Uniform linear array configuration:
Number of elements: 48
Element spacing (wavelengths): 0.75
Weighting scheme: blackman
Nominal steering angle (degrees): -45
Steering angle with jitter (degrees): -45.292
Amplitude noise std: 0.05
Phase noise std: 0.05

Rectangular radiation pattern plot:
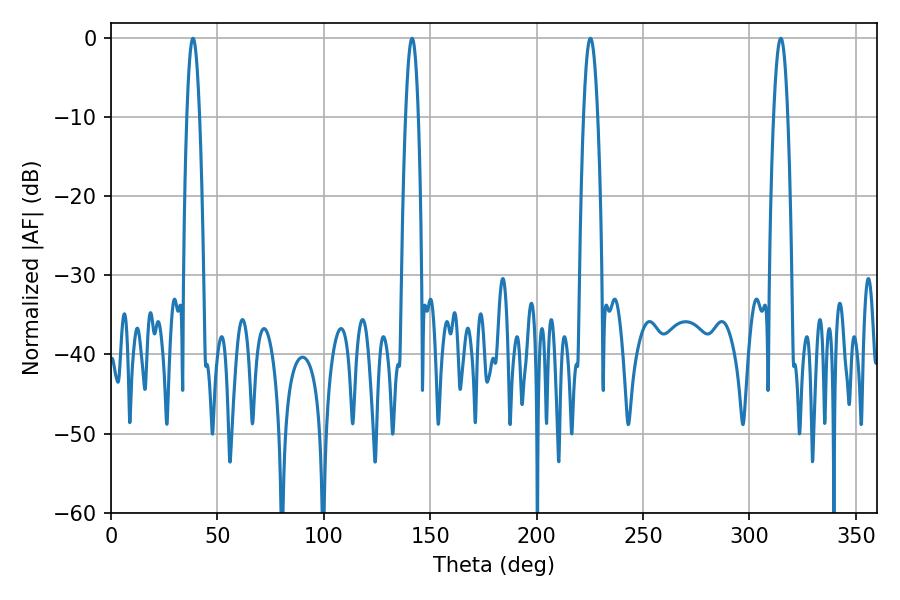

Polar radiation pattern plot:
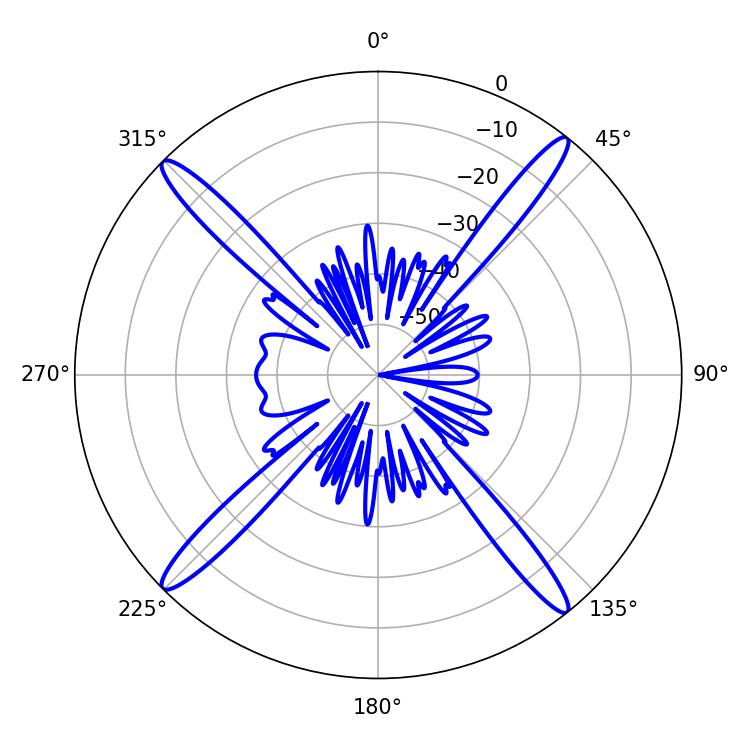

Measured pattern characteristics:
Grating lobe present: TRUE
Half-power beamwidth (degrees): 3.24
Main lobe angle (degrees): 38.52